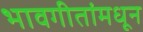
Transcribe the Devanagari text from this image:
भावगीतांमधून